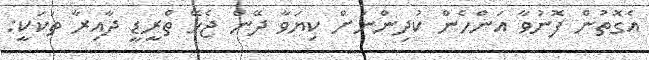
އެގޮތުން ފޮނުވާ އަންހެން ކުދިންނަށް ކިޔަވާ ދޭން ޖެހޭ ތްރީޑީ ދާއިރާ ތަކަކީ: